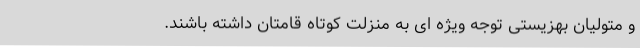
و متولیان بهزیستی توجه ویژه ای به منزلت کوتاه قامتان داشته باشند.